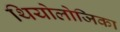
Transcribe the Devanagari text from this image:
थियोलोजिका